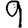
Digit: 9